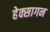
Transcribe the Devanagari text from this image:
हेक्सागन